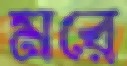
মরে